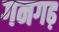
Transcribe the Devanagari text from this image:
गनगढ़